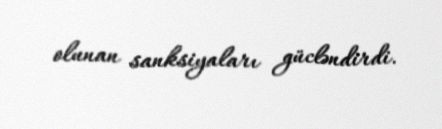
olunan sanksiyaları gücləndirdi.